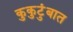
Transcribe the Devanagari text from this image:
कुकुटुंबात